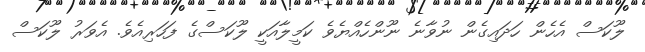
ލޫކަސް އެހެން ހަދައިގެން ނުވާނެ ނޫންހެއްޔެވެ ކަމީލާއަކީ ލޫކަސްގެ ފަހަރިއެވެ. އެވަރު ލޫކަސް